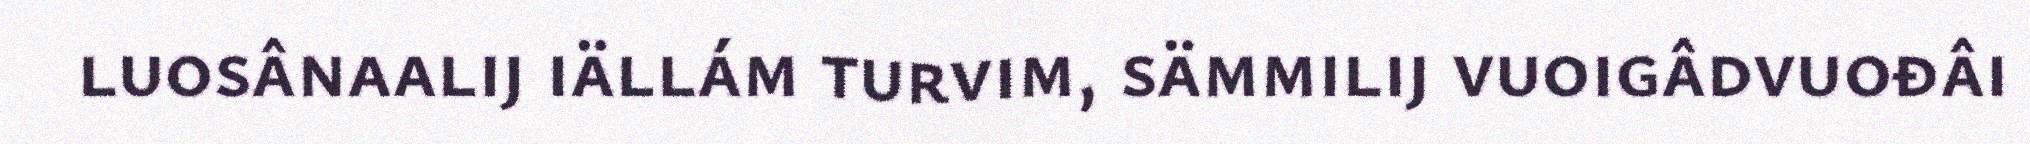
luosânaalij iällám turvim, sämmilij vuoigâdvuođâi